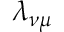
\lambda _ { \nu \mu }